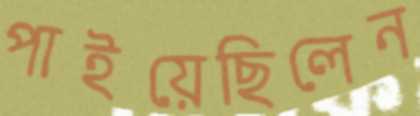
পাইয়েছিলেন